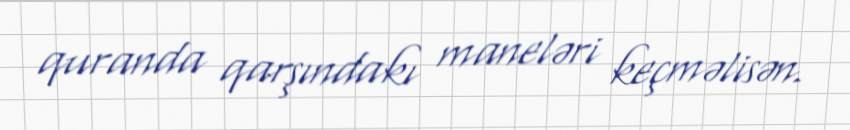
quranda qarşındakı maneləri keçməlisən.